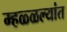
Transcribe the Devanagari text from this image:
म्हळ्ळल्यांत